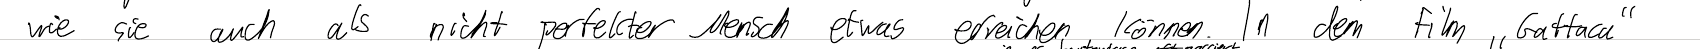
wie sie auch als nicht perfekter Mensch etwas erreichen können. In dem Film "Gattaca"